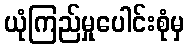
ယုံကြည်မှုပေါင်းစုံမှ